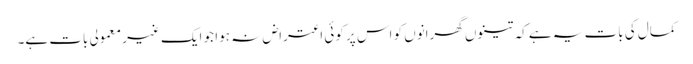
کمال کی بات یہ ہے کہ تینوں گھرانوں کو اس پر کوئی اعتراض نہ ہوا جو ایک غیر معمولی بات ہے۔